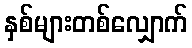
နှစ်များတစ်လျှောက်